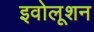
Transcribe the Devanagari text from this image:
इवोलूशन